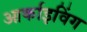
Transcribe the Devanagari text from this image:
आर्काइविंग